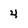
Character: 4